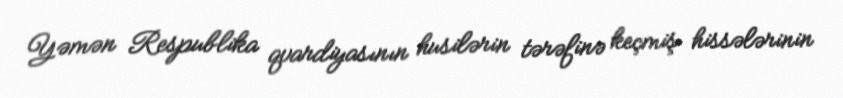
Yəmən Respublika qvardiyasının husilərin tərəfinə keçmiş hissələrinin